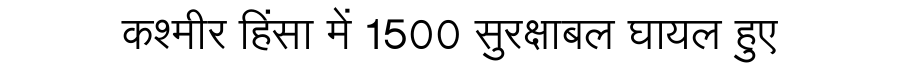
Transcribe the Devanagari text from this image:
कश्मीर हिंसा में 1500 सुरक्षाबल घायल हुए